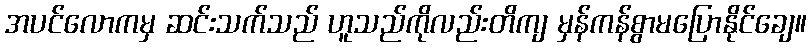
အပင်လောကမှ ဆင်းသက်သည် ဟူသည်ကိုလည်းတိကျ မှန်ကန်စွာမပြောနိုင်ချေ။